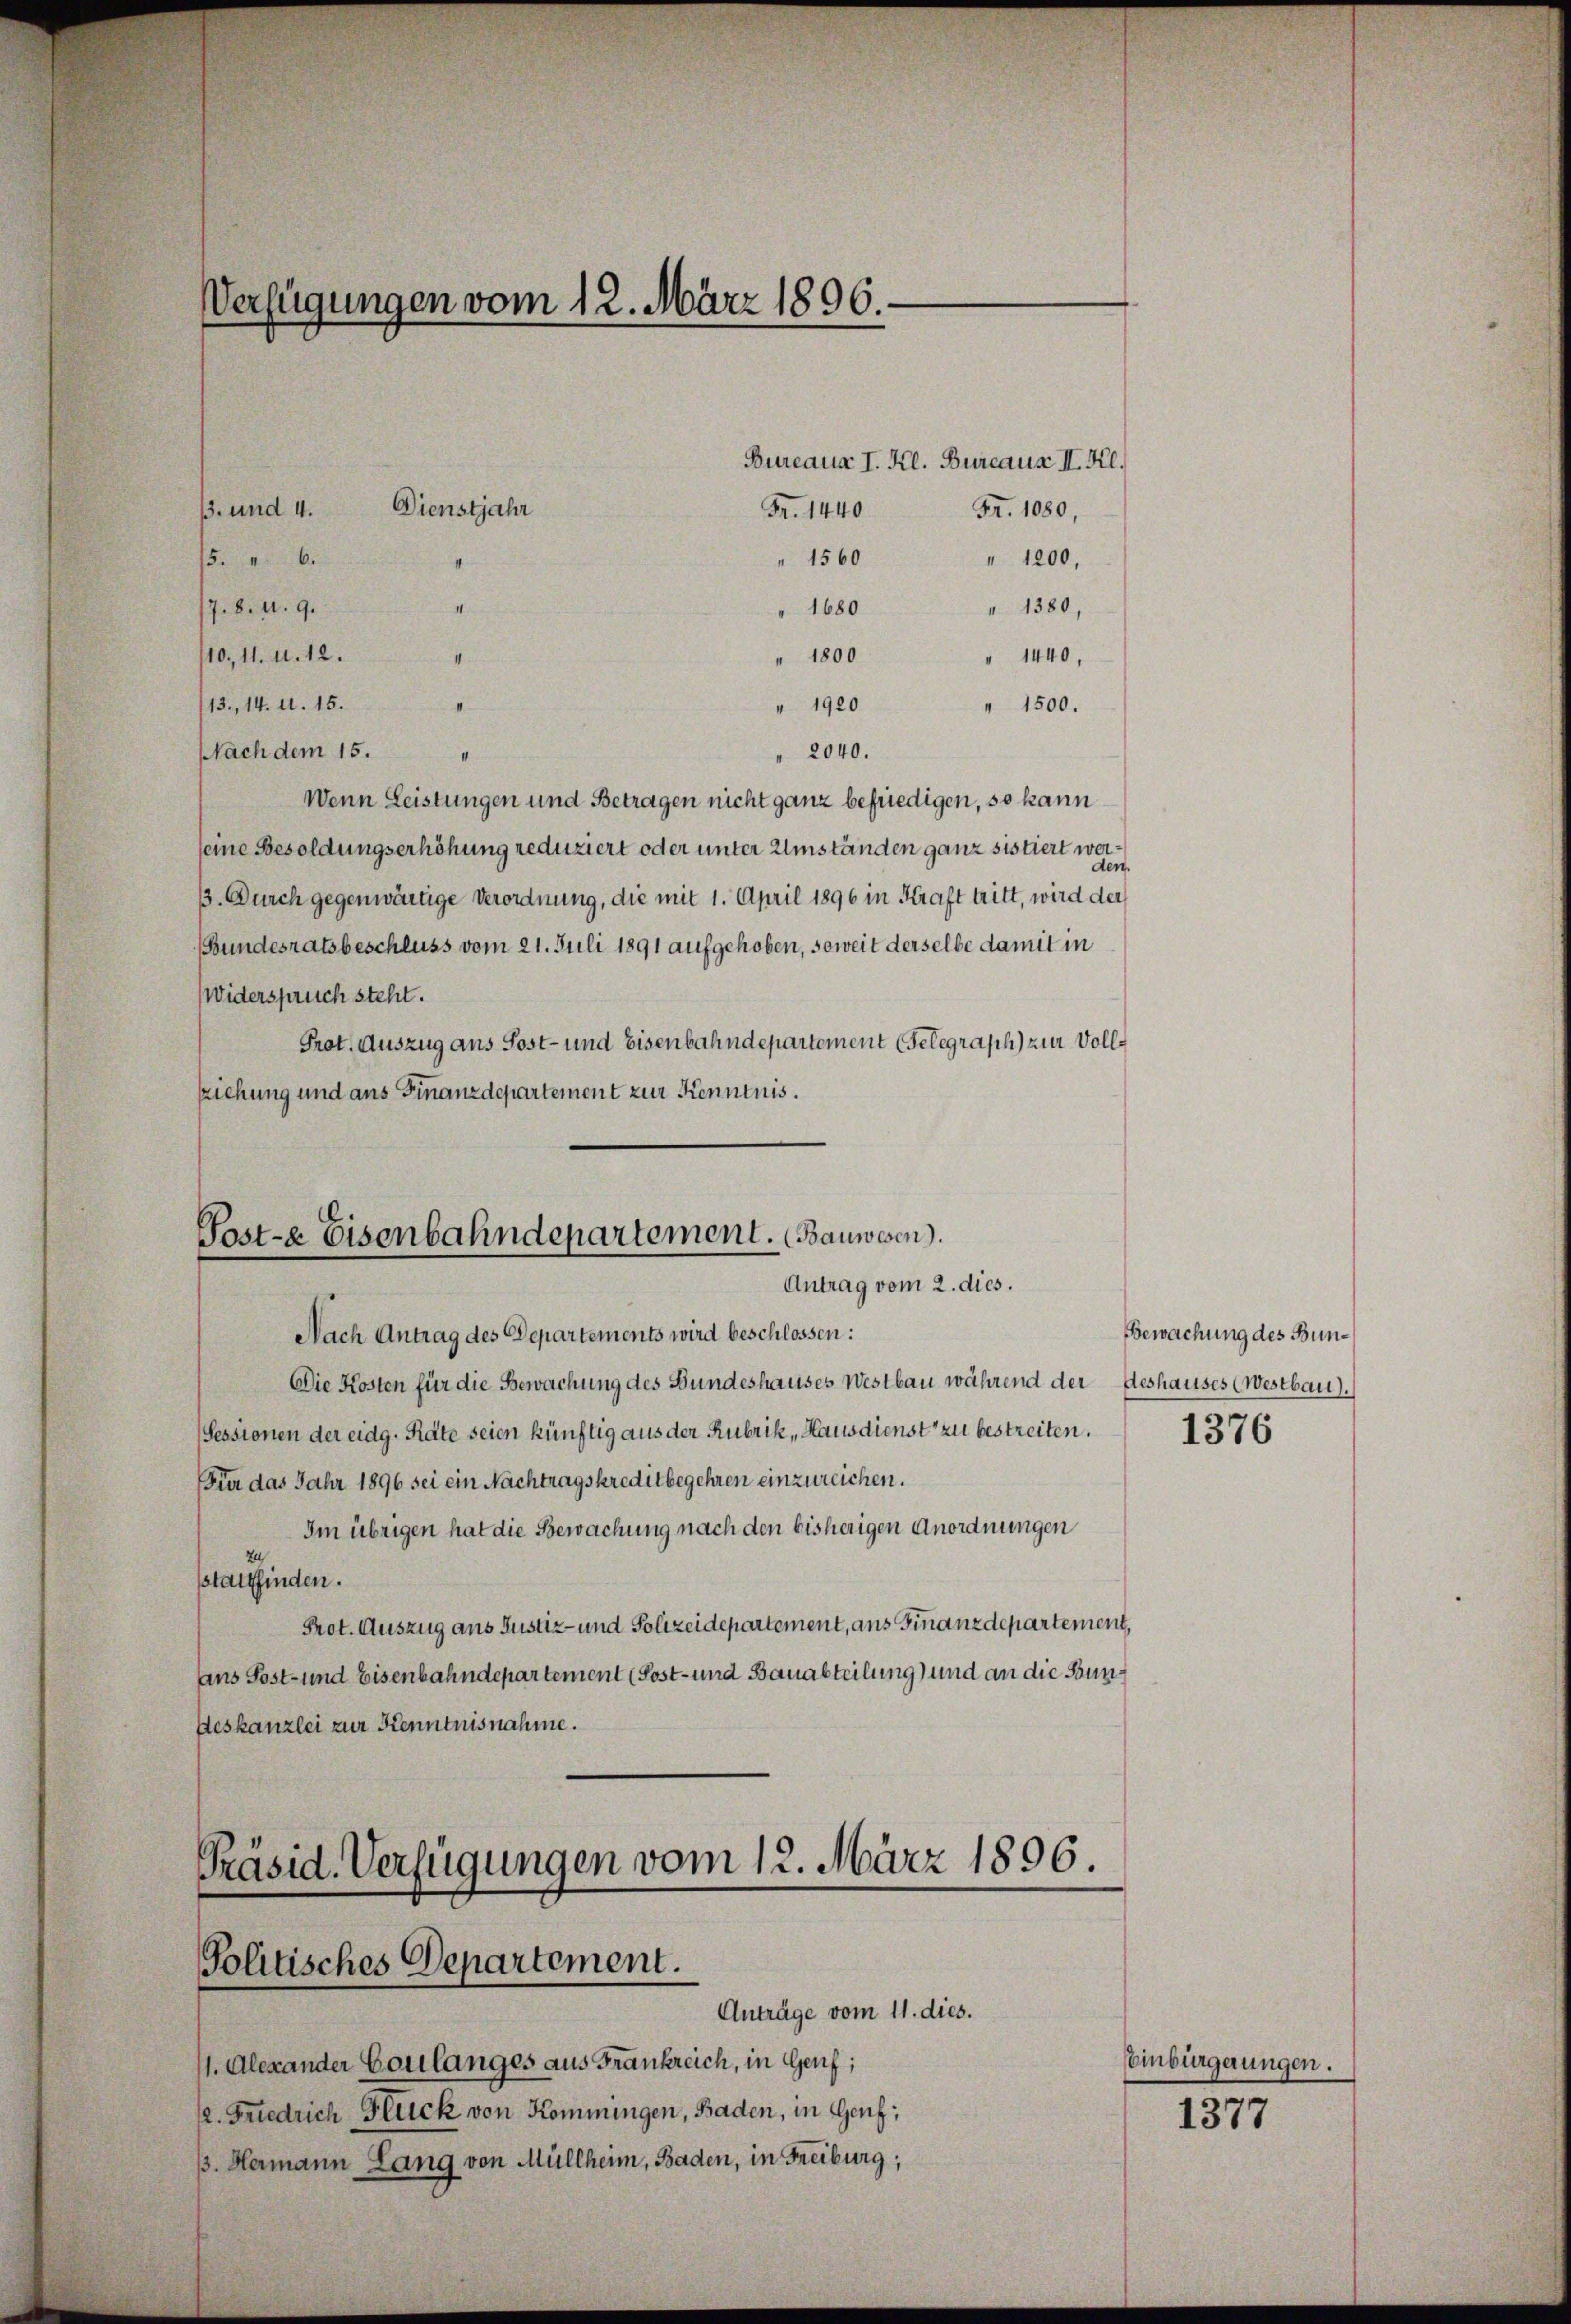
Bureaus I. Kl. Bureaus II. Kl.
Fr. 1080,
" 1560
" 1200,
5. " 6.
" 1380,
17. 8. d. 9.
" 1680
/10. 11. d. 12.
" 1440,
" 1800
II
" 1920
13., 14. 11. 15.
" 1500.
2040.
Nach dem 15.
III
Wenn Leistungen und Betragen nicht ganz befriedigen, so kann
seine Besoldungserhöhung reduziert oder unter Umständen ganz sistiert werden
33. Durch gegenwärtige Verordnung, die mit 1. April 1896 in Kraft tritt, wird der
(Bundesratsbeschluss vom 21. Juli 1891 aufgehoben, soweit derselbe damit in
Widerspruch steht.
Prot. Auszug aus Sost- und Eisenbahndepartement (Selegraph) zur Vollziehung und ans Finanzdepartement zur Kenntnis.

Verfügungen vom 12. März 1896.
Dienstjahr
Fr. 1440
13. und 4.

11

Post-e Eisenbahndepartement. (Bauwesen.
Antrag vom 2. dies.

Nach Antrag des Departements wird beschlossen:
Die Kosten für die Bewachung des Bundeshauses Westbau während der deshauses (Westbau).
Sessionen der eidg. Räte seien künftig aus der Rubrik, Hausdienst zu bestreiten.
Für das Jahr 1896 sei ein Nachtragskreditbegehren einzureichen.
Im übrigen hat die Bewachung nach den bisherigen Anordnungen
Zu
sstattfinden.
Prot. Auszug aus Justiz- und Polizeidepartement, aus Finanzdepartement,
ans Post- und Eisenbahndepartement (Post- und Bauabteilung und an die Bun¬
Aeskanzlei zur Kenntnisnahme.

Präsid. Verfügungen vom 12. März 1806.
Politisches Departement.
Anträge vom 11. dies.

/1. Alexander Coulanges aus Frankreich, in Genf;
2. Friedrich Flück von Kommingen, Baden, in Genf;
B. Hermann Lang von Müllheim, Baden, in Freiburg,

Bewachung des Bun¬
1376

einbürgerungen.
1377